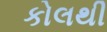
કોલથી